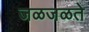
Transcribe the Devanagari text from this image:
जळजळते